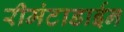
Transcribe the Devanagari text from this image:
रीमंटाडाईन